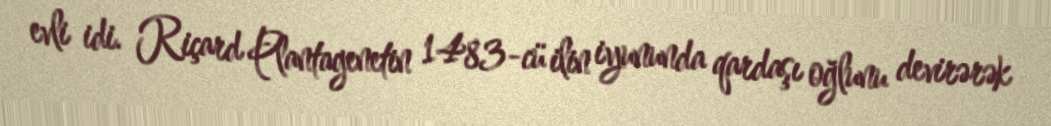
evli idi. Riçard Plantagenetin 1483-cü ilin iyununda qardaşı oğlunu devirərək